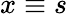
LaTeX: x\equiv s